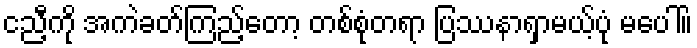
ငညီ့ကို အကဲခတ်ကြည့်တော့ တစ်စုံတရာ ပြဿနာရှာမယ့်ပုံ မပေါ်။